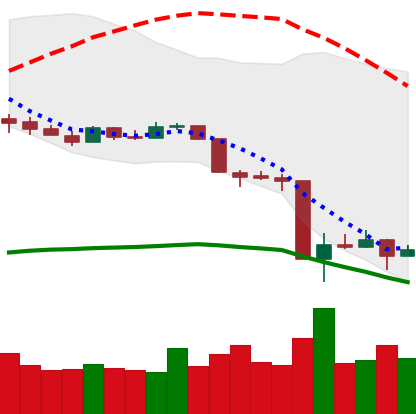
Ticker: XMR-USD
Chart end date: 2020-03-17
Forward return: 8.416%
Label: up_7plus